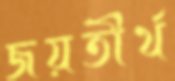
জয়তীর্থ